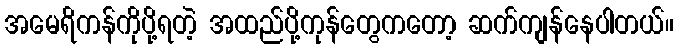
အမေရိကန်ကိုပို့ရတဲ့ အထည်ပို့ကုန်တွေကတော့ ဆက်ကျန်နေပါတယ်။